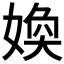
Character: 𡞵